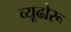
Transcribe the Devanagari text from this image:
व्यूढोरू